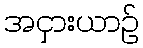
အငှားယာဉ်